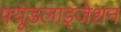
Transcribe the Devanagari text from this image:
फ्यूडलाइजेशन